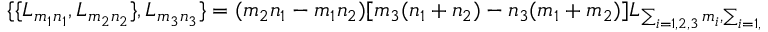
\begin{array} { l c r } { { \{ \{ L _ { m _ { 1 } n _ { 1 } } , L _ { m _ { 2 } n _ { 2 } } \} , L _ { m _ { 3 } n _ { 3 } } \} = ( m _ { 2 } n _ { 1 } - m _ { 1 } n _ { 2 } ) [ m _ { 3 } ( n _ { 1 } + n _ { 2 } ) - n _ { 3 } ( m _ { 1 } + m _ { 2 } ) ] L _ { \sum _ { i = 1 , 2 , 3 } m _ { i } , \sum _ { i = 1 , 2 , 3 } n _ { i } } , } } \end{array}